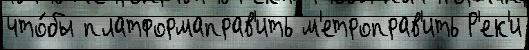
что́бы платформаправ'ить м'етроправ'ить Р'ек'и